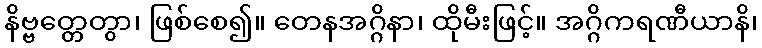
နိဗ္ဗတ္တေတွာ၊ ဖြစ်စေ၍။ တေနအဂ္ဂိနာ၊ ထိုမီးဖြင့်။ အဂ္ဂိကရဏီယာနိ၊